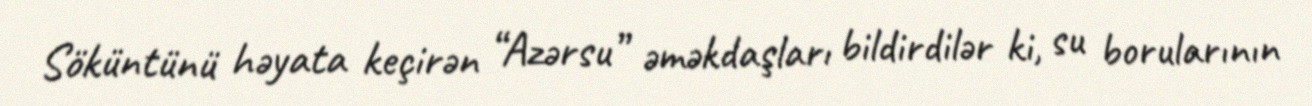
Söküntünü həyata keçirən “Azərsu” əməkdaşları bildirdilər ki, su borularının